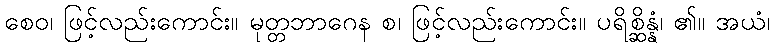
စေဝ၊ ဖြင့်လည်းကောင်း။ မုတ္တဘာဂေန စ၊ ဖြင့်လည်းကောင်း။ ပရိစ္ဆိန္နံ၊ ၏။ အယံ၊